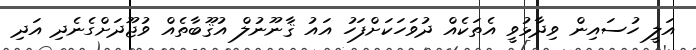
އަލީ ހުސައިން ވިދާޅުވީ އެތަކެއް ދުވަހަކަށްފަހު އައު ޤާނޫނުލް އުޤޫބާތެއް ވުޖޫދަށްގެނެދި އަދި